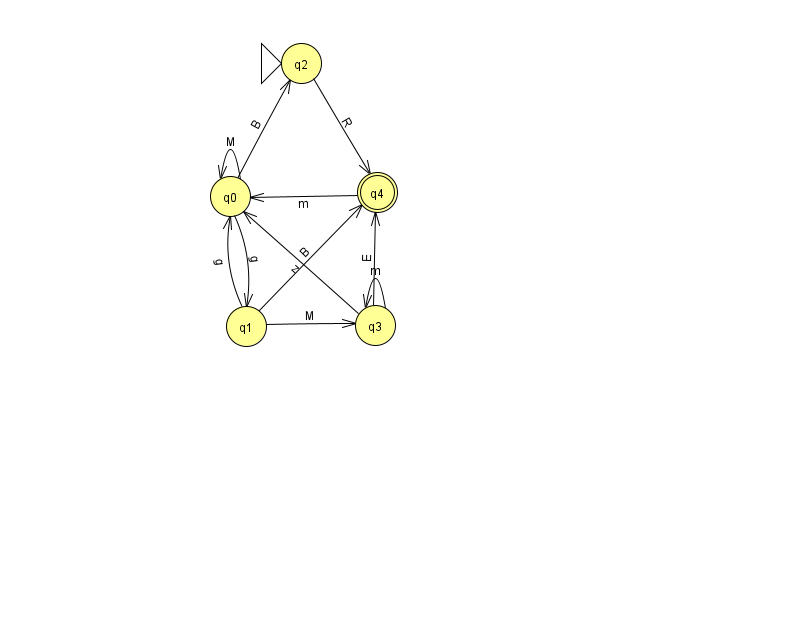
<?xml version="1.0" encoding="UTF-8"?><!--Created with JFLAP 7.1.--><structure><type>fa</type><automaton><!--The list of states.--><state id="0" name="q0"><x>230.0</x><y>183.0</y></state><state id="1" name="q1"><x>246.0</x><y>313.0</y></state><state id="2" name="q2"><x>301.0</x><y>50.0</y><initial/></state><state id="3" name="q3"><x>375.0</x><y>312.0</y></state><state id="4" name="q4"><x>377.0</x><y>179.0</y><final/></state><!--The list of transitions.--><transition><from>0</from><to>1</to><read>g</read></transition><transition><from>1</from><to>0</to><read>g</read></transition><transition><from>0</from><to>2</to><read>B</read></transition><transition><from>4</from><to>0</to><read>m</read></transition><transition><from>2</from><to>4</to><read>R</read></transition><transition><from>3</from><to>4</to><read>E</read></transition><transition><from>1</from><to>3</to><read>M</read></transition><transition><from>3</from><to>0</to><read>z</read></transition><transition><from>0</from><to>0</to><read>M</read></transition><transition><from>1</from><to>4</to><read>B</read></transition><transition><from>3</from><to>3</to><read>m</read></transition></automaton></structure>